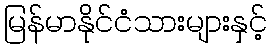
မြန်မာနိုင်ငံသားများနှင့်